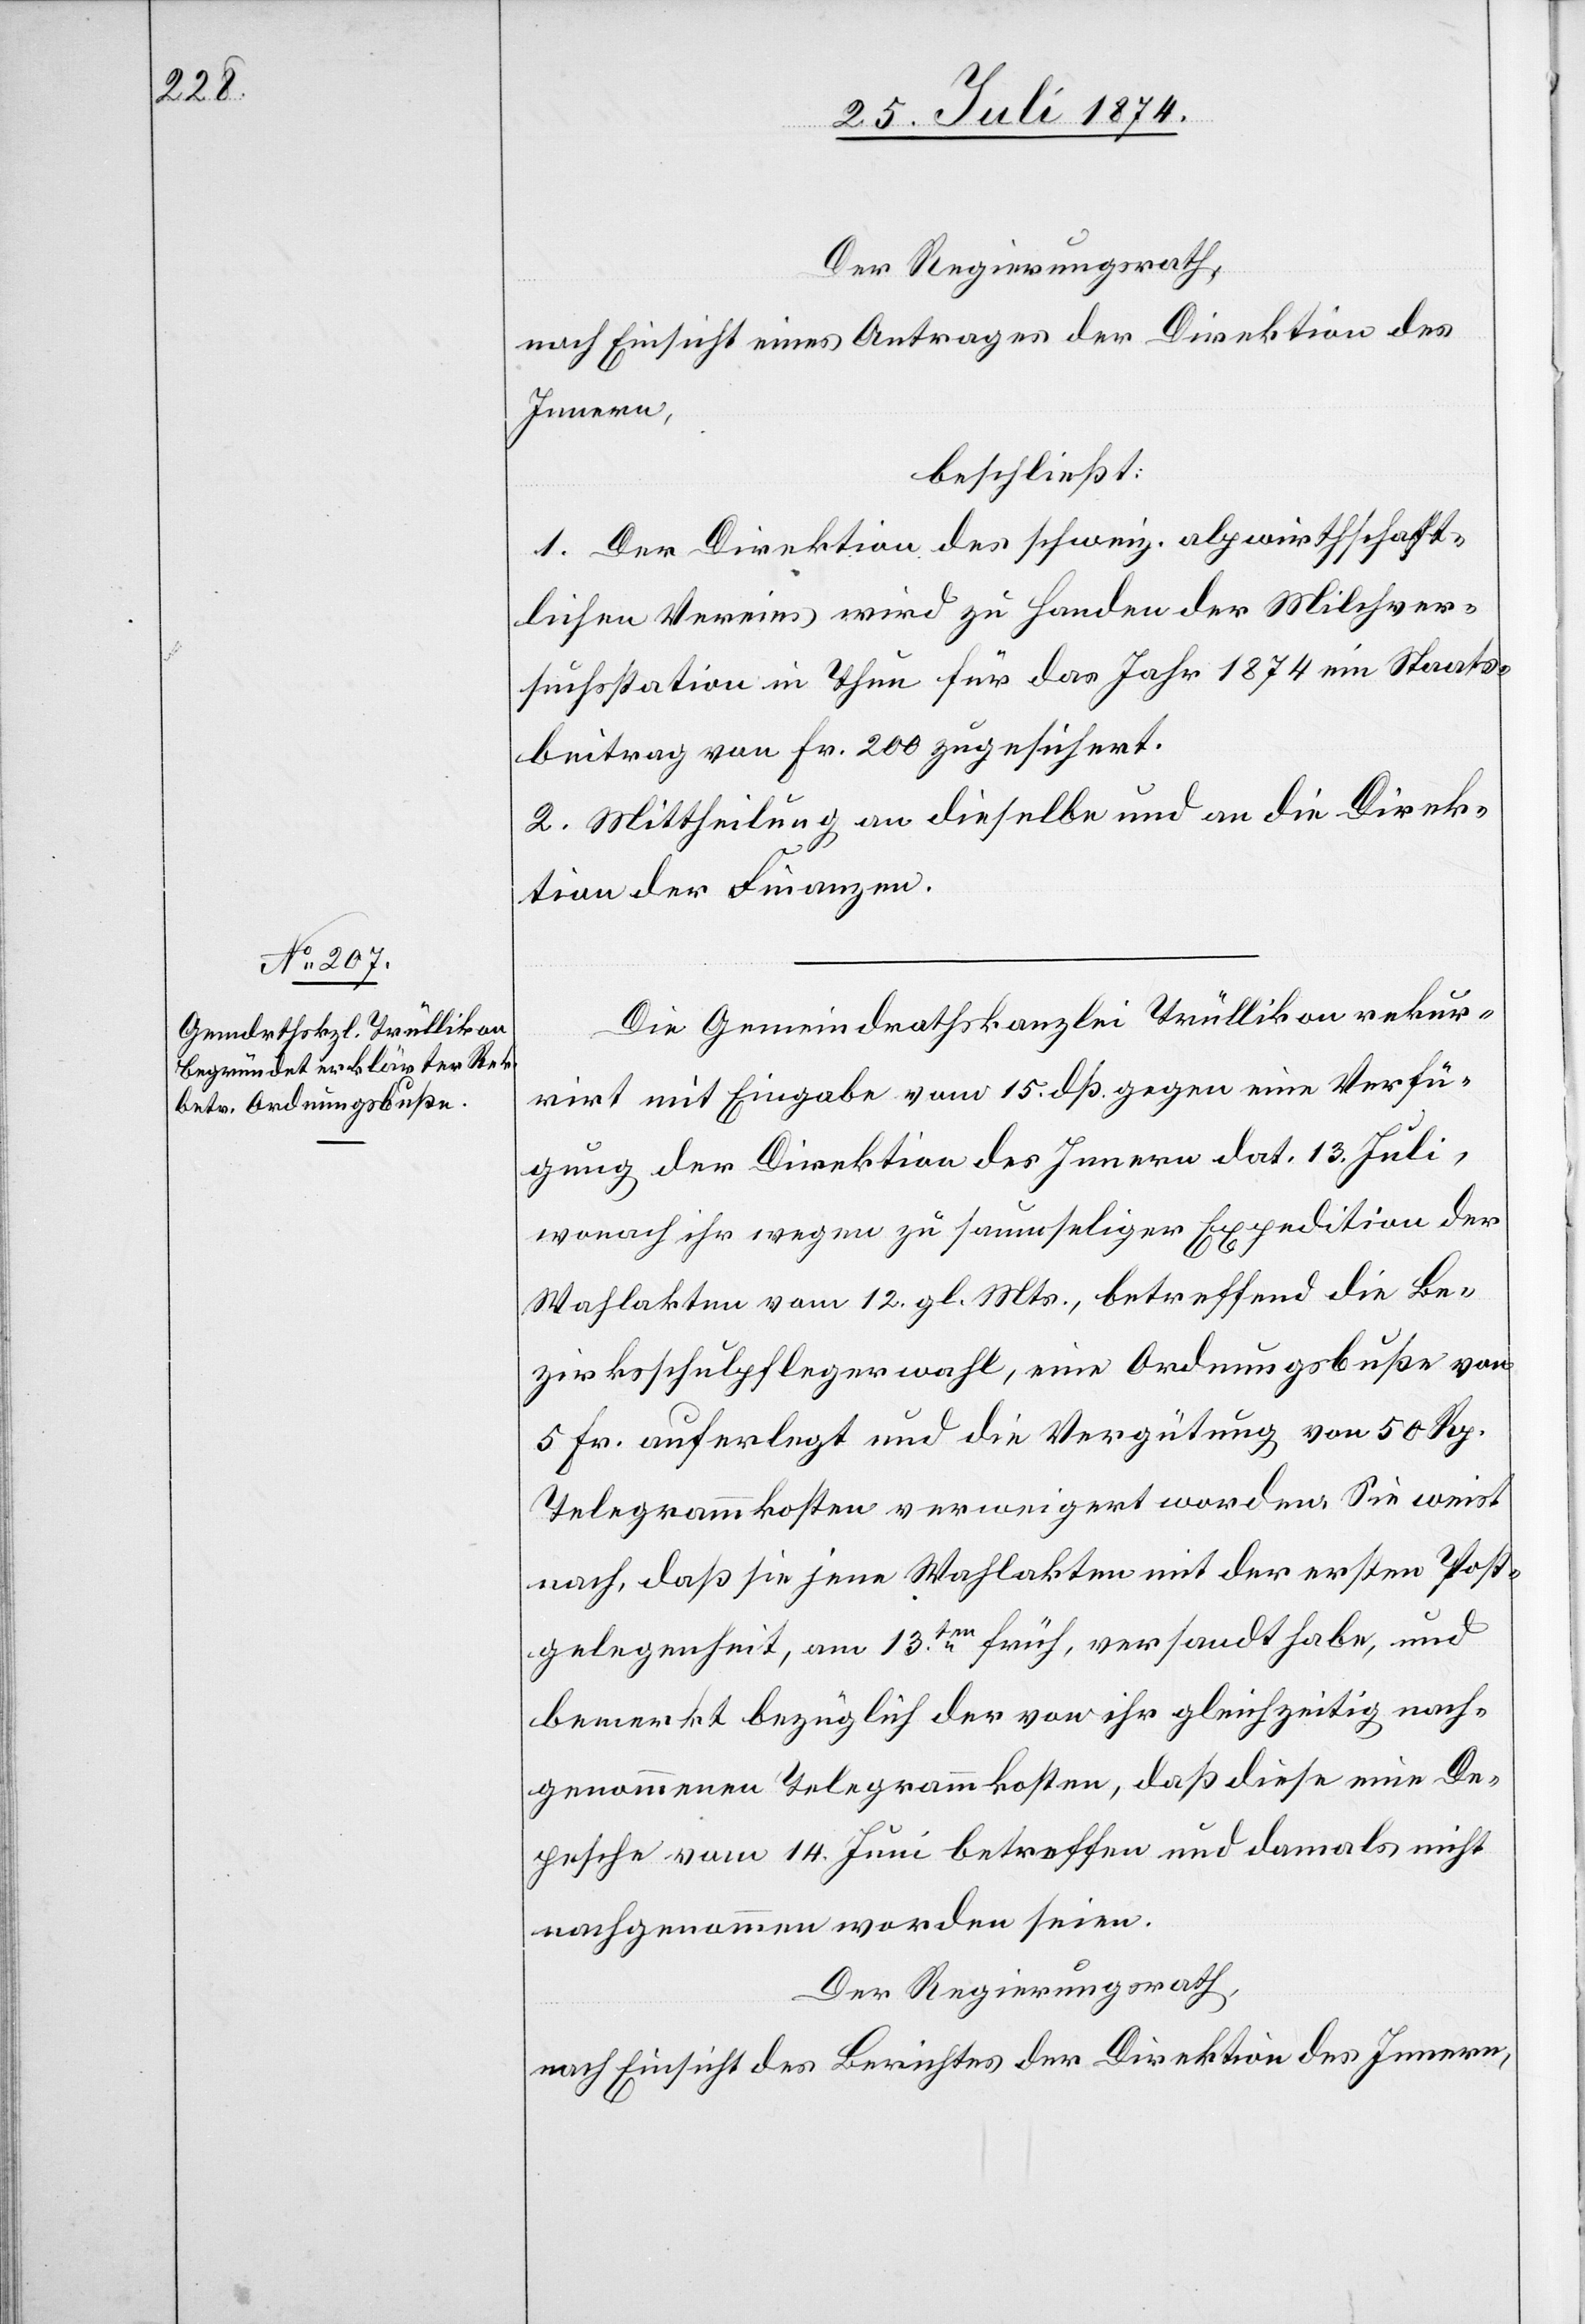
Der Regierungsrath,
nach Einsicht eines Antrages der Direktion des
Innern,
beschließt:
1. Der Direktion des schweiz. alpwirthschaft¬
lichen Vereins wird zu Handen der Milchver¬
suchsstation in Thun für das Jahr 1874 ein Staats¬
beitrag von Fr. 200 zugesichert.
2. Mittheilung an dieselbe und an die Direk¬
tion der Finanzen.
Die Gemeindrathskanzlei Trüllikon rekur¬
rirt mit Eingabe vom 15. dß. gegen eine Verfü¬
gung der Direktion des Innern dat. 13. Juli
wonach ihr wegen zu saumseliger Expedition der
Wahlakten vom 12. gl. Mts., betreffend die Be¬
zirksschulpflegerwahl, eine Ordnungsbuße von
5 Fr. auferlegt und die Vergütung von 50 Rp.
Telegrammkosten verweigert worden. Sie weist
nach, daß sie jene Wahlakten mit der ersten Post¬
gelegenheit, am 13ten früh, versandt habe, und
bemerkt bezüglich der von ihr gleichzeitig nach¬
genommenen Telegrammkosten, daß diese eine De¬
pesche vom 14. Juni betreffen und damals nicht
nachgenommen worden seien.
Der Regierungsrath,
nach Einsicht des Berichtes der Direktion des Innern,